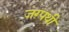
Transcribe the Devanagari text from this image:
जग्पथी